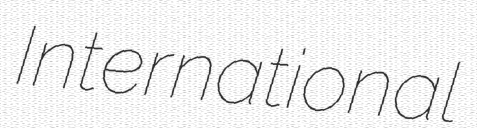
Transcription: International